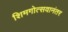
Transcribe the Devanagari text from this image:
शिमगोत्सवानंतर